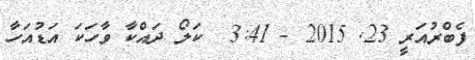
ފެބްރުއަރީ 23